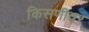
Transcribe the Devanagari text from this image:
किसणीवर